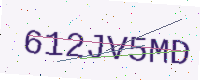
Text: 612JV5MD